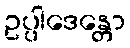
ဥပ္ပါဒေန္တော